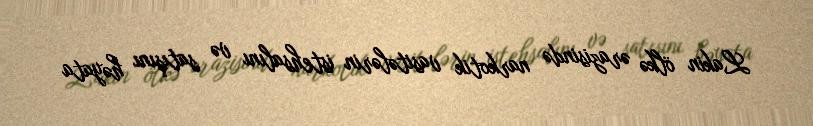
Lakin ölkə ərazisində narkotik vasitələrin istehsalını və satışını həyata